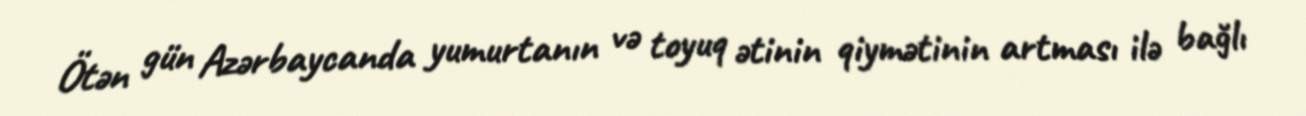
Ötən gün Azərbaycanda yumurtanın və toyuq ətinin qiymətinin artması ilə bağlı